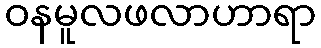
ဝနမူလဖလာဟာရာ